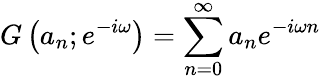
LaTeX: G\left(a_{n};e^{-i\omega}\right)=\sum_{n=0}^{\infty}a_{n}e^{-i\omega n}